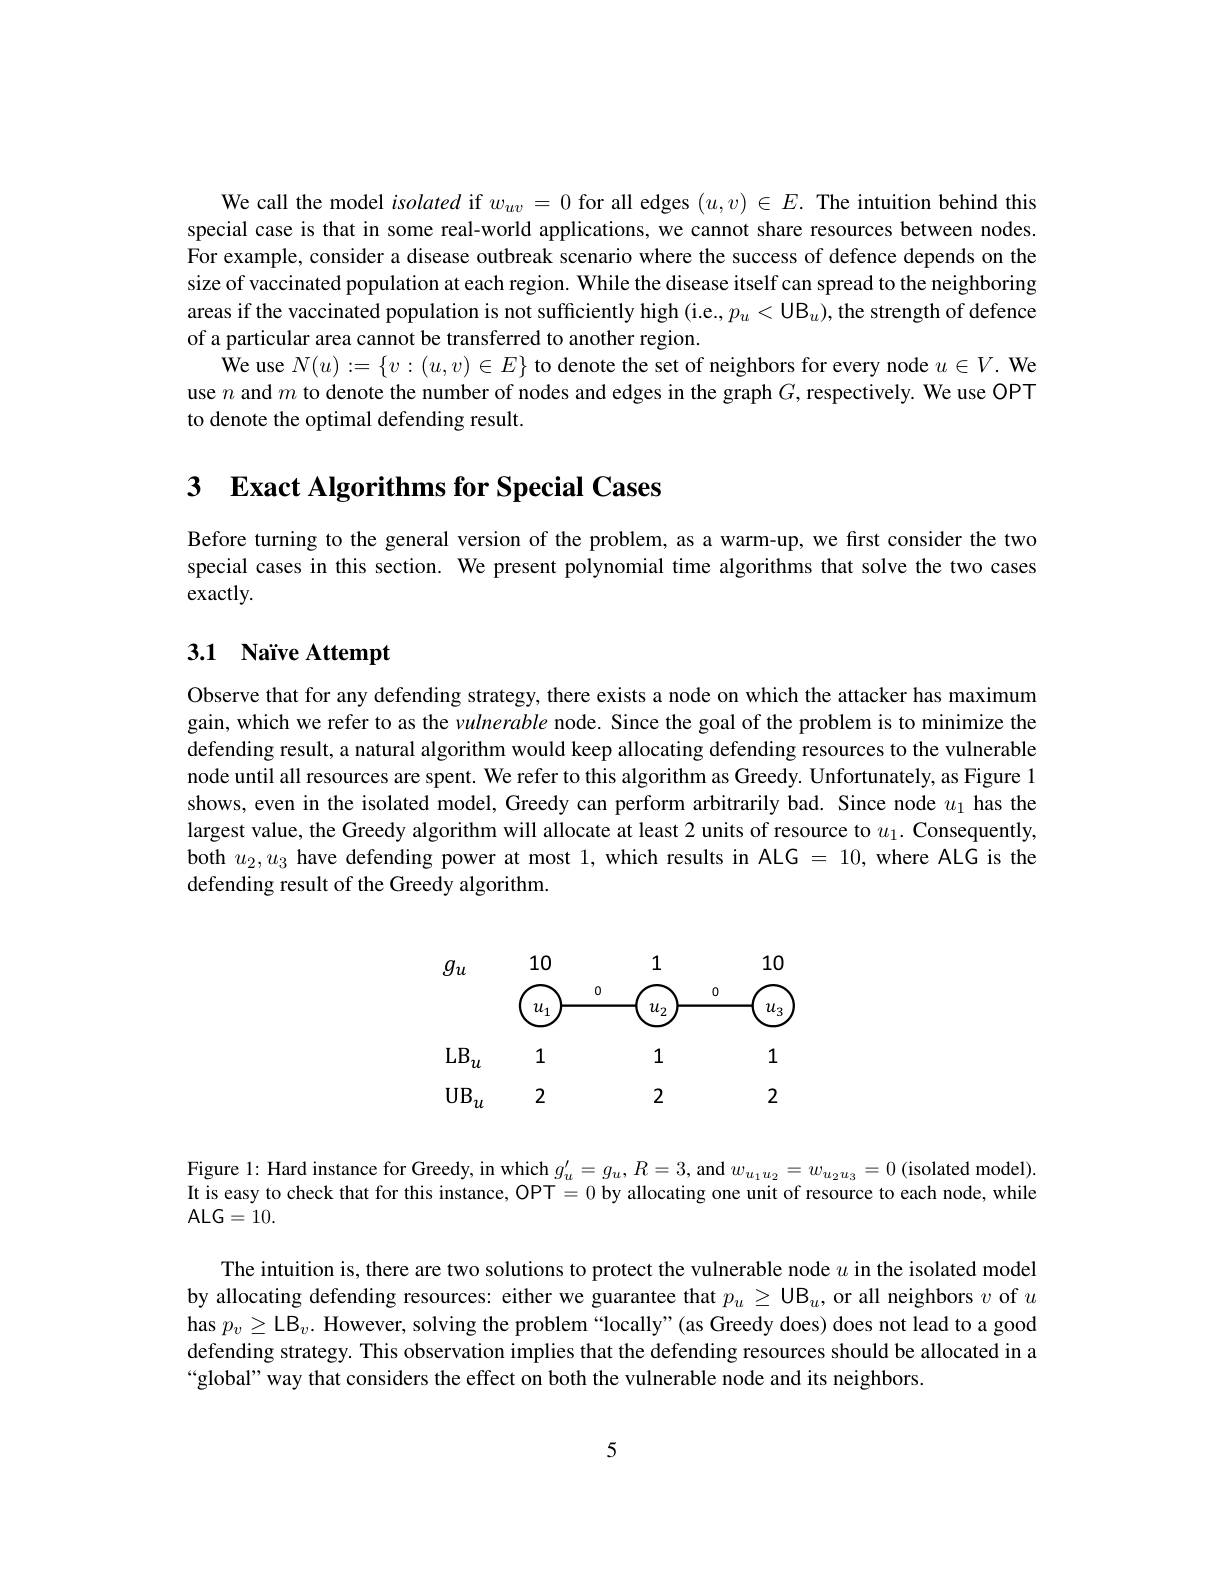
We call the model isolated if $w_uv=0$ for all edges $(u,v)\in E.$ The intuition behind this special case is that in some real-world applications, we cannot share resources between nodes. For example, consider a disease outbreak scenario where the success of defence depends on the size of vaccinated population at each region. While the disease itself can spread to the neighboring areas if the vaccinated population is not sufficiently high (i.e., $p_u<\mathrm{UB}_u)$, the strength of defence of a particular area cannot be transferred to another region.
We use $N(u):=\{v:(u,v)\in E\}$ to denote the set of neighbors for every node $u\in V.$ We use $n$ and $m$ to denote the number of nodes and edges in the graph $G$,respectively. We use OPT to denote the optimal defending result.

3 $\textbf{Exact Algorithms for Special Cases}$

Before turning to the general version of the problem, as a warm-up, we first consider the two special cases in this section. We present polynomial time algorithms that solve the two cases exactly.

# 3.1 Naïve Attempt

Observe that for any defending strategy, there exists a node on which the attacker has maximum gain, which we refer to as the vulnerable node. Since the goal of the problem is to minimize the defending result, a natural algorithm would keep allocating defending resources to the vulnerable node until all resources are spent. We refer to this algorithm as Greedy. Unfortunately, as Figure l shows, even in the isolated model, Greedy can perform arbitrarily bad. Since node $u_1$ has the largest value, the Greedy algorithm will allocate at least 2 units of resource to $u_1.$ Consequently, both $u_2,u_3$ have defending power at most 1, which results in ALG = 10, where ALG is the defending result of the Greedy algorithm.
$$\begin{array}{ccccccccccccccccccccccccccccccccccccccccccccccccccccccccccccccccccccccccccccccccccccccccccccccc}\end{array}$$
Figure 1: Hard instance for Greedy, in which $g_{u}^{\prime }= g_{u}, R= 3$, and $w_{u_{1}u_{2}}= w_{u_{2}u_{3}}= 0$ ( isolated model) . It is easy to check that for this instance, OPT=0 by allocating one unit of resource to each node, while
$ALG=10.$

The intuition is, there are two solutions to protect the vulnerable node $u$ in the isolated model by allocating defending resources: either we guarantee that $p_u\geq\mathrm{UB}_u$, or all neighbors $v$ of $u$ has $p_v\geq\mathsf{LB}_v.$ However, solving the problem “locally”(as Greedy does) does not lead to a good defending strategy. This observation implies that the defending resources should be allocated in a “global” way that considers the effect on both the vulnerable node and its neighbors

5